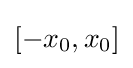
[-x_{0},x_{0}]